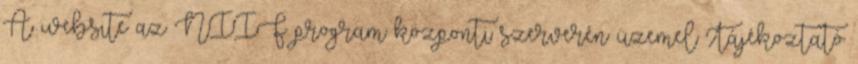
A website az NIIF program központi szerverén üzemel Tájékoztató